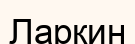
Ларкин